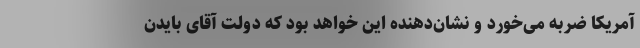
آمریکا ضربه می‌خورد و نشان‌دهنده این خواهد بود که دولت آقای بایدن